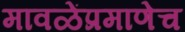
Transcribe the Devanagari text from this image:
मावळेंप्रमाणेच